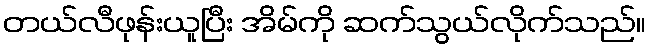
တယ်လီဖုန်းယူပြီး အိမ်ကို ဆက်သွယ်လိုက်သည်။